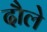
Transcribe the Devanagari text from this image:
दौले